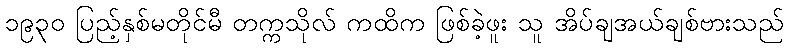
၁၉၃၀ ပြည့်နှစ်မတိုင်မီ တက္ကသိုလ် ကထိက ဖြစ်ခဲ့ဖူး သူ အိပ်ချအယ်ချစ်ဗားသည်